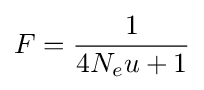
F={1 \over 4N_{e}u+1}